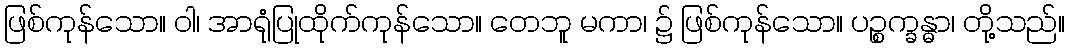
ဖြစ်ကုန်သော။ ဝါ၊ အာရုံပြုထိုက်ကုန်သော။ တေဘူ မကာ၊ ၌ ဖြစ်ကုန်သော။ ပဉ္စက္ခန္ဓာ၊ တို့သည်။